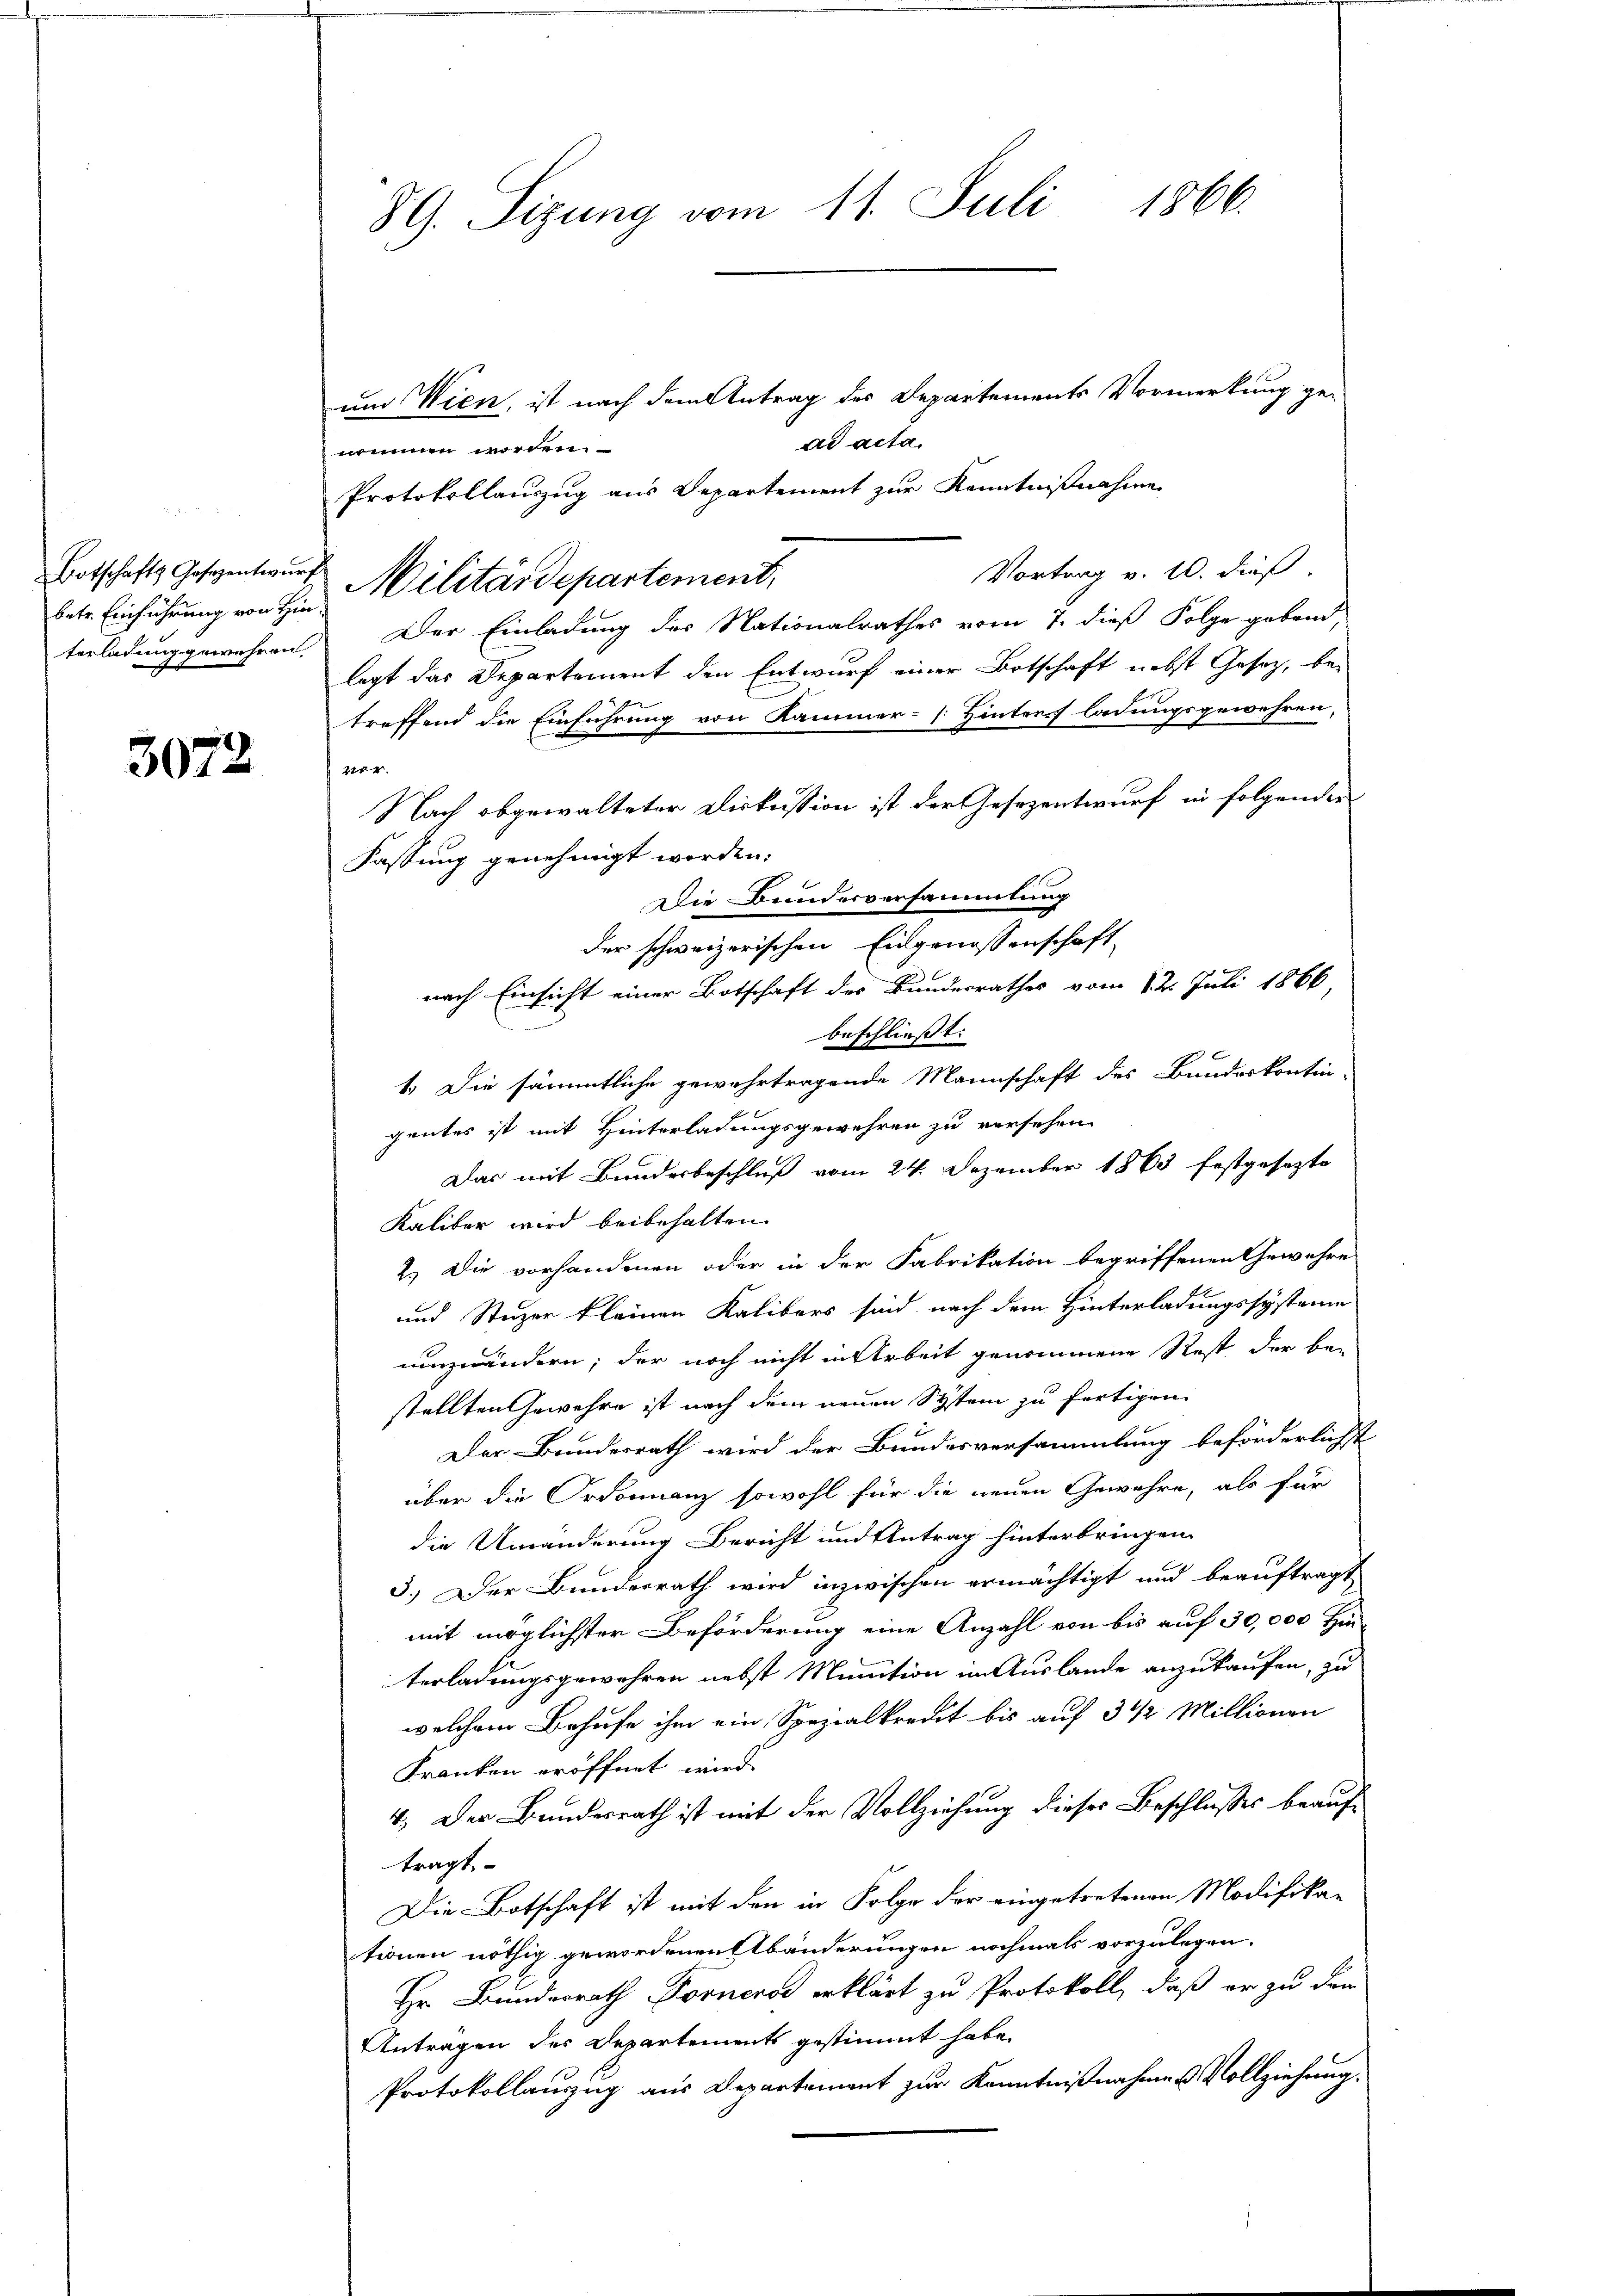
betr. Einführung von Hin¬

3072

8G. Sizung vom 11. Juli 1866.

um Wien, ist nach dem Antrag des Departements Vormerkung gead acta.
nommen worden.
Protokollauszug aus Departement zur Kenntnißnahme
Vortrag v. 10. dieß.
terladung gewehren. Der Einladung des Nationalrathes vom 7. dieß Folge gebend,
legt das Departement den Entwurf einer Botschaft nebst Gesetz, be-
treffend die Einführung von Kammer- [ Hintre ladungsgewehren,
2er
Nach abgewalteter Diskussion ist der Gesezentwurf in folgenden
Fassung genehmigt worden:
Die Bunderversammlung
der schweizerischen Eingenossenschaft
nach Einsicht einer Botschaft des Bundesrathes vom 12. Juli 1866,
beschließt:
1.) Die sämmtliche gewahrtragende Mannschaft des Bundeskontin-
gentes ist mit Hinterladungsgewehren zu versehen.
Das mit Bundesbeschluß vom 24. Dezember 1863 festgesezte
Kaliber wird beibehalten.
2.) Die vorhandenen oder in der Fabrikation begriffenen Gewehre
und Stuzen kleinen Kalibers sind nach dem Hinterladungssysteme
umzuändern; der noch nicht in Arbeit genommene Rest der be-
stellten Gewehre ist nach dem neuen System zu fertigen
Der Bundesrath wird der Bundesversammlung beförderlichst
über die Ordonnanz sowohl für die neuen Gewähre, als für
die Umänderung Bericht und Antrag hinterbringen.
3.) Der Bundesrath wird inzwischen ermächtigt und beauftragt
mit möglichster Beförderung eine Anzahl von bis auf 30,000 Hinterladungsgewahren nebst Minution im Auslande anzukaufen, zu
welchem Behufe ihm ein Spezialkredit bis auf 3 1/2 Millionen
Franken eröffnet wird.
4. Der Bundesrath ist mit der Vollziehung dieser Beschlusses beauftragt
Die Botschaft ist mit den in Folge der eingetretenen Modifika-
tionen nöthig gewordenen Abänderungen nochmals vorzulegen.
Hr. Bundesrath Forners erklärt zu Protokoll, daß er zu den
Anträgen des Departements gestimmt habe.
Protokollauzug aus Departement zur Kenntnißnahme u Vollziehung.

Botschafts Gesentwurf Militärdepartement,